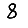
Digit: 8